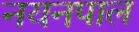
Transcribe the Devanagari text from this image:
नयनपाल